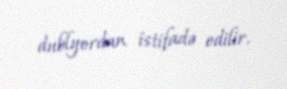
dublyordan istifadə edilir.